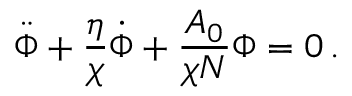
\ddot { \Phi } + \frac { \eta } { \chi } \dot { \Phi } + \frac { A _ { 0 } } { \chi N } \Phi = 0 \, .